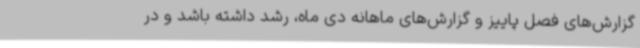
گزارش‌های فصل پاییز و گزارش‌های ماهانه دی ماه، رشد داشته باشد و در